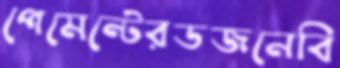
পেমেন্টেরডজনেবি